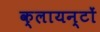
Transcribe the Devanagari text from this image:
क्लायन्टों